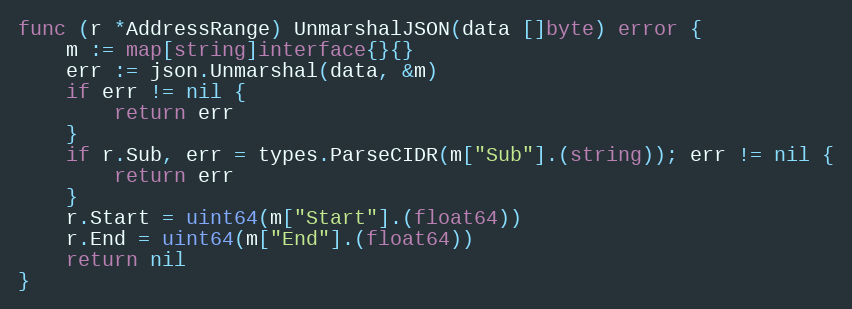
Language: Go
func (r *AddressRange) UnmarshalJSON(data []byte) error {
	m := map[string]interface{}{}
	err := json.Unmarshal(data, &m)
	if err != nil {
		return err
	}
	if r.Sub, err = types.ParseCIDR(m["Sub"].(string)); err != nil {
		return err
	}
	r.Start = uint64(m["Start"].(float64))
	r.End = uint64(m["End"].(float64))
	return nil
}